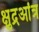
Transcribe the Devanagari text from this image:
क्षुद्रआंत्र